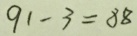
9 1 - 3 = 8 8